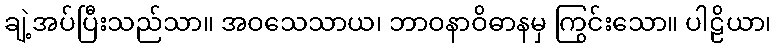
ချဲ့အပ်ပြီးသည်သာ။ အဝသေသာယ၊ ဘာဝနာဝိဓာနမှ ကြွင်းသော။ ပါဠိယာ၊